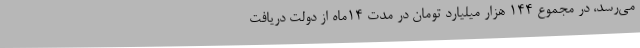
می‌رسد، در مجموع ۱۴۴ هزار میلیارد تومان در مدت ۱۴ماه از دولت دریافت